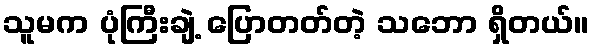
သူမက ပုံကြီးချဲ့ ပြောတတ်တဲ့ သဘော ရှိတယ်။